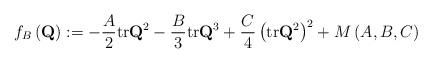
LaTeX: \begin{align*}f_B\left(\mathbf{Q}\right): = -\frac{A}{2}\textrm{tr}\mathbf{Q}^2 - \frac{B}{3}\textrm{tr}\mathbf{Q}^3 + \frac{C}{4}\left(\textrm{tr}\mathbf{Q}^2\right)^2 +M\left(A, B, C \right)\end{align*}